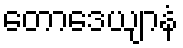
တောဒေယျာနံ